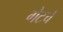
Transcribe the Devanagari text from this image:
गेटचे